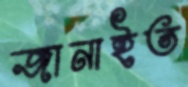
জানাইত